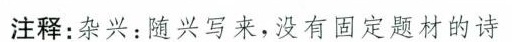
注释：杂兴：随兴写来，没有固定题材的诗